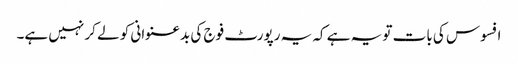
افسوس کی بات تو یہ ہے کہ یہ رپورٹ فوج کی بدعنوانی کو لے کر نہیں ہے۔